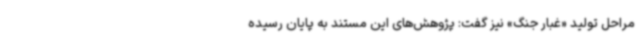
مراحل تولید «غبار جنگ» نیز گفت: پژوهش‌های این مستند به پایان رسیده